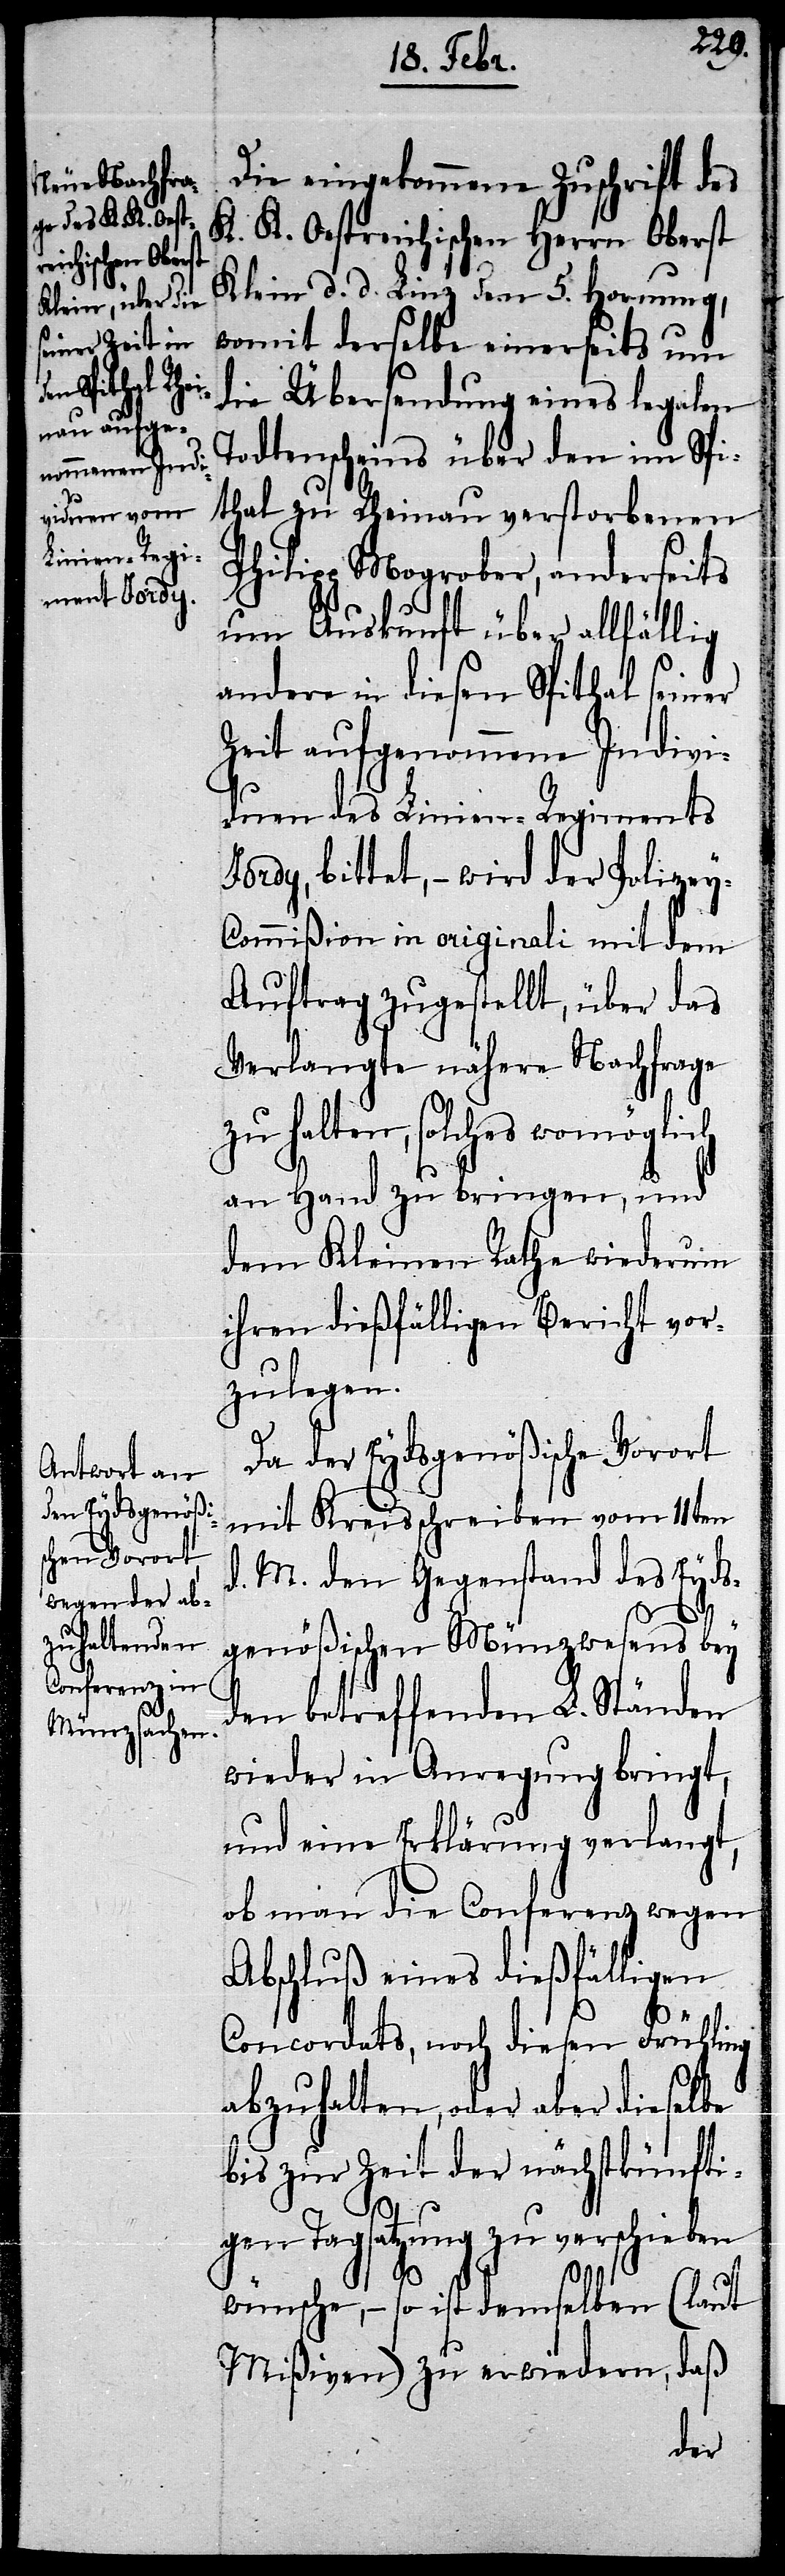
Die eingekommene Zuschrift des
K. K. Oestreichischen Herrn Oberst
Klein d. d. Linz den 5. Hornung,
womit derselbe einerseits um
die Übersendung eines legalen
Todtenscheins über den im Spi¬
thal zu Rheinau verstorbenen
Philipp Mogrober, anderseits
um Auskunft über allfällig
andere in diesen Spithal seiner
Zeit aufgenommene Indivi¬
duen des Linien-Regiments
Jordy, bittet, – wird der Polize¬
y-Commißion in originali mit dem
Auftrag zugestellt, über das
Verlangte nähere Nachfrage
zu halten, solches womöglich
an Hand zu bringen, und
dem Kleinen Rathe wiederum
ihren dießfälligen Bericht vor¬
zulegen.
Da der Eydsgenößische Vorort
mit Kreisschreiben vom 11ten
d. M. den Gegenstand des Eyds¬
genößischen Münzwesens bey
den betreffenden L. Ständen
wieder in Anregung bringt,
und eine Erklärung verlangt,
ob man die Conferenz wegen
Abschluß eines dießfälligen
Concordats, noch diesen Frühling
abzuhalten, oder aber dieselbe
bis zur Zeit der nächstkünfti¬
gen Tagsatzung zu verschieben
wünsche, – so ist demselben (laut
Mißiven) zu erwiedern, daß